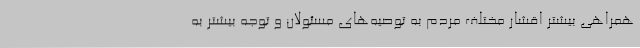
همراهی بیشتر اقشار مختلف مردم به توصیه‌های مسئولان و توجه بیشتر به